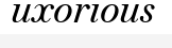
uxorious